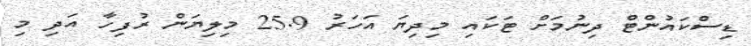
ޑިސްކައުންޓް ދިނުމަށް ޓަކައި މިދިޔަ އަހަރު 25.9 މިލިޔަން ރުފިހާ އަދި މި